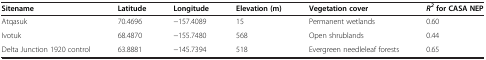
| Sitename | Latitude | Longitude | Elevation (m) | Vegetation cover | R2 for CASA NEP |
 | --- | --- | --- | --- | --- | --- |
 | Atqasuk | 70.4696 | −157.4089 | 15 | Permanent wetlands | 0.60 |
 | Ivotuk | 68.4870 | −155.7480 | 568 | Open shrublands | 0.44 |
 | Delta Junction 1920 control | 63.8881 | −145.7394 | 518 | Evergreen needleleaf forests | 0.65 |